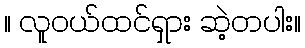
။ လူဝယ်ထင်ရှား ဆဲ့တပါး။